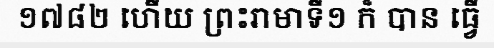
១៧៨២ ហើយ ព្រះរាមាទី១ ក៏ បាន ធ្វើ